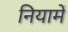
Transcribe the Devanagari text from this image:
नियामें